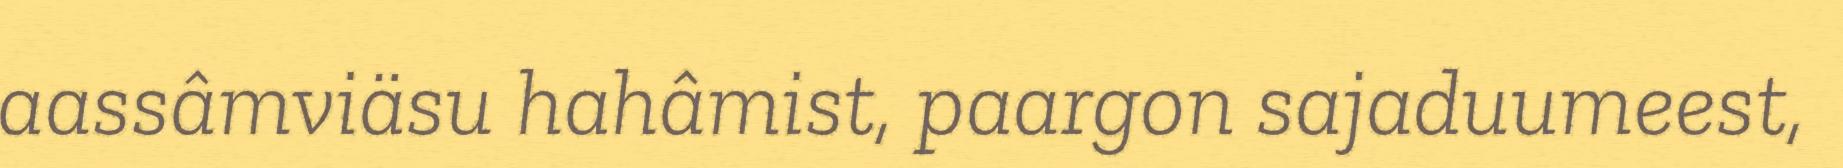
aassâmviäsu hahâmist, paargon sajaduumeest,